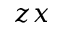
z x